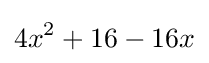
4x^{2}+16-16x